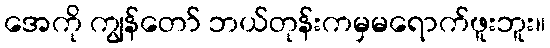
အေကို ကျွန်တော် ဘယ်တုန်းကမှမရောက်ဖူးဘူး။